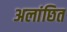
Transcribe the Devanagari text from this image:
अलांछित